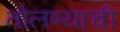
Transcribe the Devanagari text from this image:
तोलण्याची